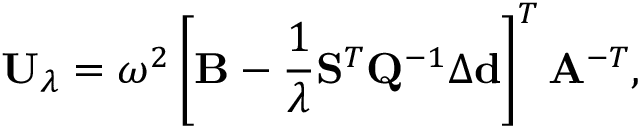
\mathbf { U } _ { \lambda } = \omega ^ { 2 } \left[ \mathbf { B } - \frac { 1 } { \lambda } \mathbf { S } ^ { T } \mathbf { Q } ^ { - 1 } \Delta \mathbf { d } \right] ^ { T } \mathbf { A } ^ { - T } ,